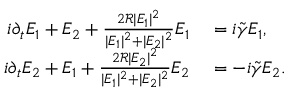
\begin{array} { r l } { i \partial _ { t } E _ { 1 } + E _ { 2 } + \frac { 2 \mathcal R | E _ { 1 } | ^ { 2 } } { | E _ { 1 } | ^ { 2 } + | E _ { 2 } | ^ { 2 } } E _ { 1 } } & { { } = i \tilde { \gamma } E _ { 1 } , } \\ { i \partial _ { t } E _ { 2 } + E _ { 1 } + \frac { 2 \mathcal R | E _ { 2 } | ^ { 2 } } { | E _ { 1 } | ^ { 2 } + | E _ { 2 } | ^ { 2 } } E _ { 2 } } & { { } = - i \tilde { \gamma } E _ { 2 } . } \end{array}